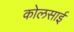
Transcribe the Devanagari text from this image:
कोलसाई